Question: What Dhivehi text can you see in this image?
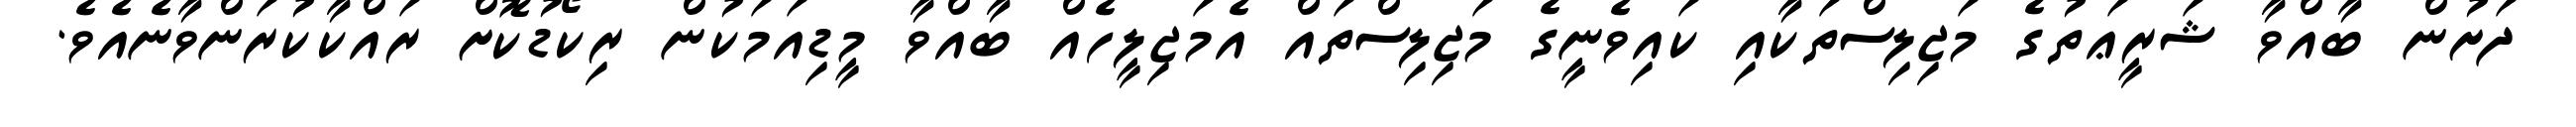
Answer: ދަށުން ބާއްވާ ޝަރީޢަތުގެ މަޖިލިސްތަކާއި ކައިވެނީގެ މަޖިލިސްތައް އެމަޖިލީހެއް ބާއްވާ މީޑިއަމަކުން ރިކޯޑުކޮށް ރައްކާކުރަންވާނެއެވެ.